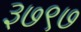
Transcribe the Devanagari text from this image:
३७९७